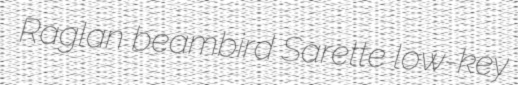
Raglan beambird Sarette low-key